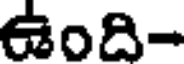
ఉంది-